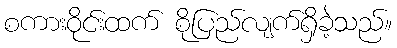
စကားဝိုင်းထက် စိုပြည်လျက်ရှိခဲ့သည်။